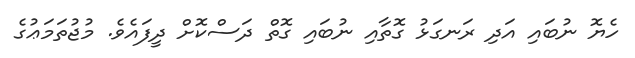
ހެޔޮ ނުބައި އަދި ރަނގަޅު ގޮތާއި ނުބައި ގޮތް ދަސްކޮށް ދީފައެވެ. މުޖުތަމަޢުގެ